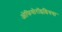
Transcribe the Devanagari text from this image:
ओफियोरॉइडियया